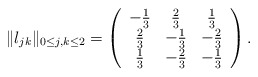
\begin{align*}\Vert l_{jk}\Vert_{0\le j,k\le2} = \left( \begin{array}{ccc} - \frac{1}{3} & \frac{2}{3} & \frac{1}{3} \\ \frac{2}{3} & - \frac{1}{3} & - \frac{2}{3} \\ \frac{1}{3} & - \frac{2}{3} & - \frac{1}{3} \end{array} \right) .\end{align*}